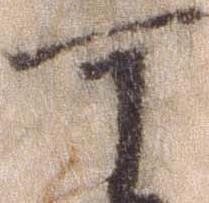
可